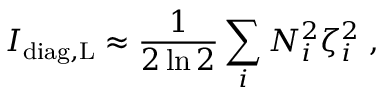
I _ { \mathrm { d i a g , L } } \approx \frac { 1 } { 2 \ln 2 } \sum _ { i } N _ { i } ^ { 2 } \zeta _ { i } ^ { 2 } \; ,